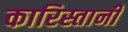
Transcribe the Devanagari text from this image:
कारिस्तानी